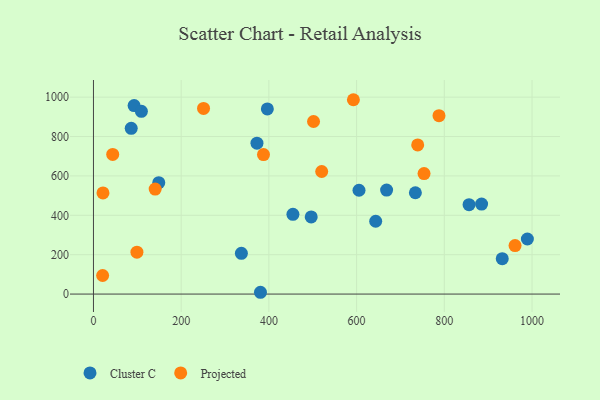
{"axis": {"x": "Engine Size", "y": "Fuel Efficiency"}, "legend": ["Cluster C", "Projected"], "data": [{"x": "148.9", "y": 565.5, "type": "Cluster C"}, {"x": "605.5", "y": 527.2, "type": "Cluster C"}, {"x": "372.8", "y": 766.5, "type": "Cluster C"}, {"x": "643.5", "y": 369.7, "type": "Cluster C"}, {"x": "885.0", "y": 456.8, "type": "Cluster C"}, {"x": "92.7", "y": 957.0, "type": "Cluster C"}, {"x": "989.4", "y": 279.6, "type": "Cluster C"}, {"x": "932.1", "y": 179.8, "type": "Cluster C"}, {"x": "734.0", "y": 514.4, "type": "Cluster C"}, {"x": "496.5", "y": 391.6, "type": "Cluster C"}, {"x": "86.1", "y": 841.5, "type": "Cluster C"}, {"x": "109.3", "y": 928.2, "type": "Cluster C"}, {"x": "856.4", "y": 454.0, "type": "Cluster C"}, {"x": "454.8", "y": 404.8, "type": "Cluster C"}, {"x": "380.8", "y": 9.1, "type": "Cluster C"}, {"x": "668.4", "y": 528.1, "type": "Cluster C"}, {"x": "337.3", "y": 207.1, "type": "Cluster C"}, {"x": "396.5", "y": 940.2, "type": "Cluster C"}, {"x": "21.7", "y": 513.8, "type": "Projected"}, {"x": "739.3", "y": 757.6, "type": "Projected"}, {"x": "20.9", "y": 94.3, "type": "Projected"}, {"x": "251.0", "y": 942.9, "type": "Projected"}, {"x": "592.7", "y": 986.9, "type": "Projected"}, {"x": "753.8", "y": 611.7, "type": "Projected"}, {"x": "501.8", "y": 876.3, "type": "Projected"}, {"x": "961.3", "y": 246.5, "type": "Projected"}, {"x": "140.7", "y": 533.2, "type": "Projected"}, {"x": "787.9", "y": 906.0, "type": "Projected"}, {"x": "99.1", "y": 212.9, "type": "Projected"}, {"x": "520.4", "y": 622.5, "type": "Projected"}, {"x": "43.9", "y": 708.9, "type": "Projected"}, {"x": "387.7", "y": 708.5, "type": "Projected"}]}